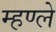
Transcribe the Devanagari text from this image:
म्हण्ले